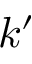
k ^ { \prime }